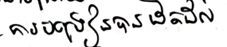
ការបង្រៀនបានដិតដល់